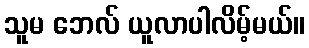
သူမ ဘေလ် ယူလာပါလိမ့်မယ်။